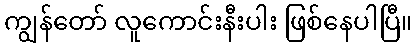
ကျွန်တော် လူကောင်းနီးပါး ဖြစ်နေပါပြီ။